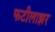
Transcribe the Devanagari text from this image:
फटीलाझर